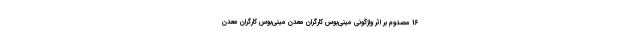
16 مصدوم بر اثر واژگونی مینی‌بوس کارگران معدن مینی‌بوس کارگران معدن